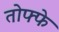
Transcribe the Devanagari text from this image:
तोफ्फे